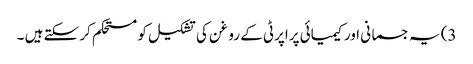
3) یہ جسمانی اور کیمیائی پراپرٹی کے روغن کی تشکیل کو مستحکم کر سکتے ہیں ۔